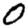
Digit: 0